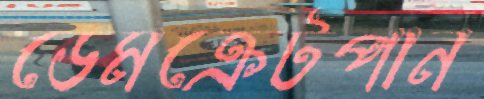
ডেমক্রেটপান